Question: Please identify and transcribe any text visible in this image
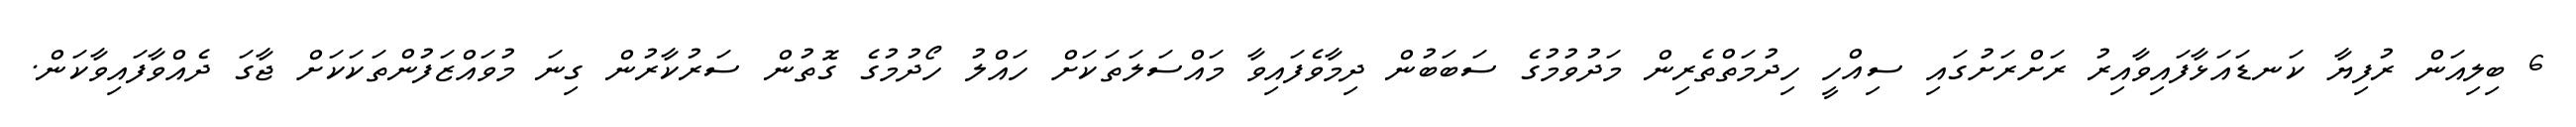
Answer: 6 ބިލިއަން ރުފިޔާ ކަނޑައަޅާފައިވާއިރު ރަށްރަށުގައި ސިއްހީ ހިދުމަތްތެރިން މަދުވުމުގެ ސަބަބުން ދިމާވެފައިވާ މައްސަލަތަކަށް ހައްލު ހޯދުމުގެ ގޮތުން ސަރުކާރުން ގިނަ މުވައްޒަފުންތަކަކަށް ޖާގަ ދެއްވާފައިވާކަން.